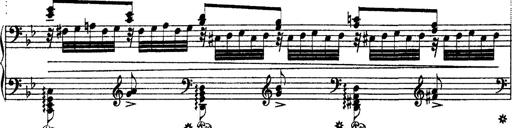
Title: Ã‰tudes d'exÃ©cution transcendante d'aprÃ¨s Paganini
Composer: Franz Liszt